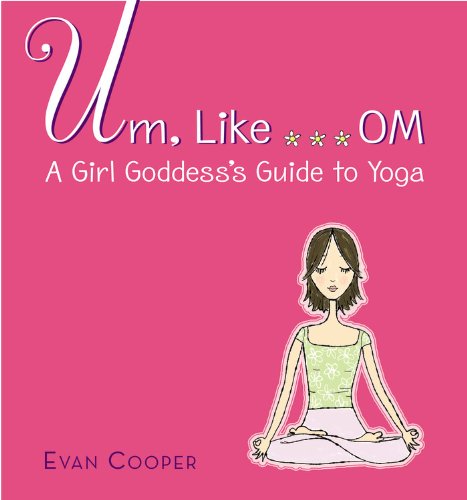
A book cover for Um, Like... OM: A Girl Goddess's Guide to Yoga; Evan Cooper; Teen & Young Adult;